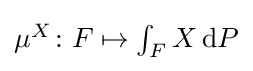
{\textstyle \mu ^{X}\colon F\mapsto \int _{F}X\,\mathrm {d} P}